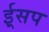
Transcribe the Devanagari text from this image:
ई्सप